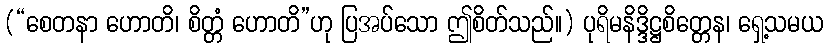
(“စေတနာ ဟောတိ၊ စိတ္တံ ဟောတိ”ဟု ပြအပ်သော ဤစိတ်သည်။) ပုရိမနိဒ္ဒိဋ္ဌစိတ္တေန၊ ရှေ့သမယ